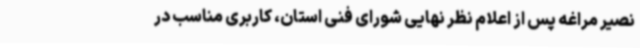
نصیر مراغه پس از اعلام نظر نهایی شورای فنی استان، کاربری مناسب در